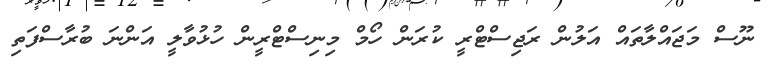
ނޫސް މަޖައްލާތައް އަލުން ރަޖިސްޓްރީ ކުރަން ހޯމް މިނިސްޓްރީން ހުޅުވާލީ އަންނަ ބުރާސްފަތި